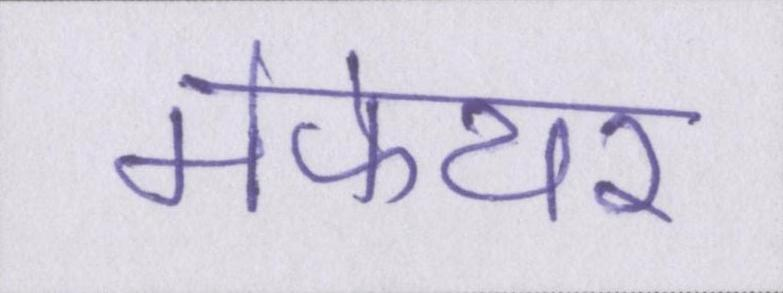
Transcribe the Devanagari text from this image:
मेफेयर